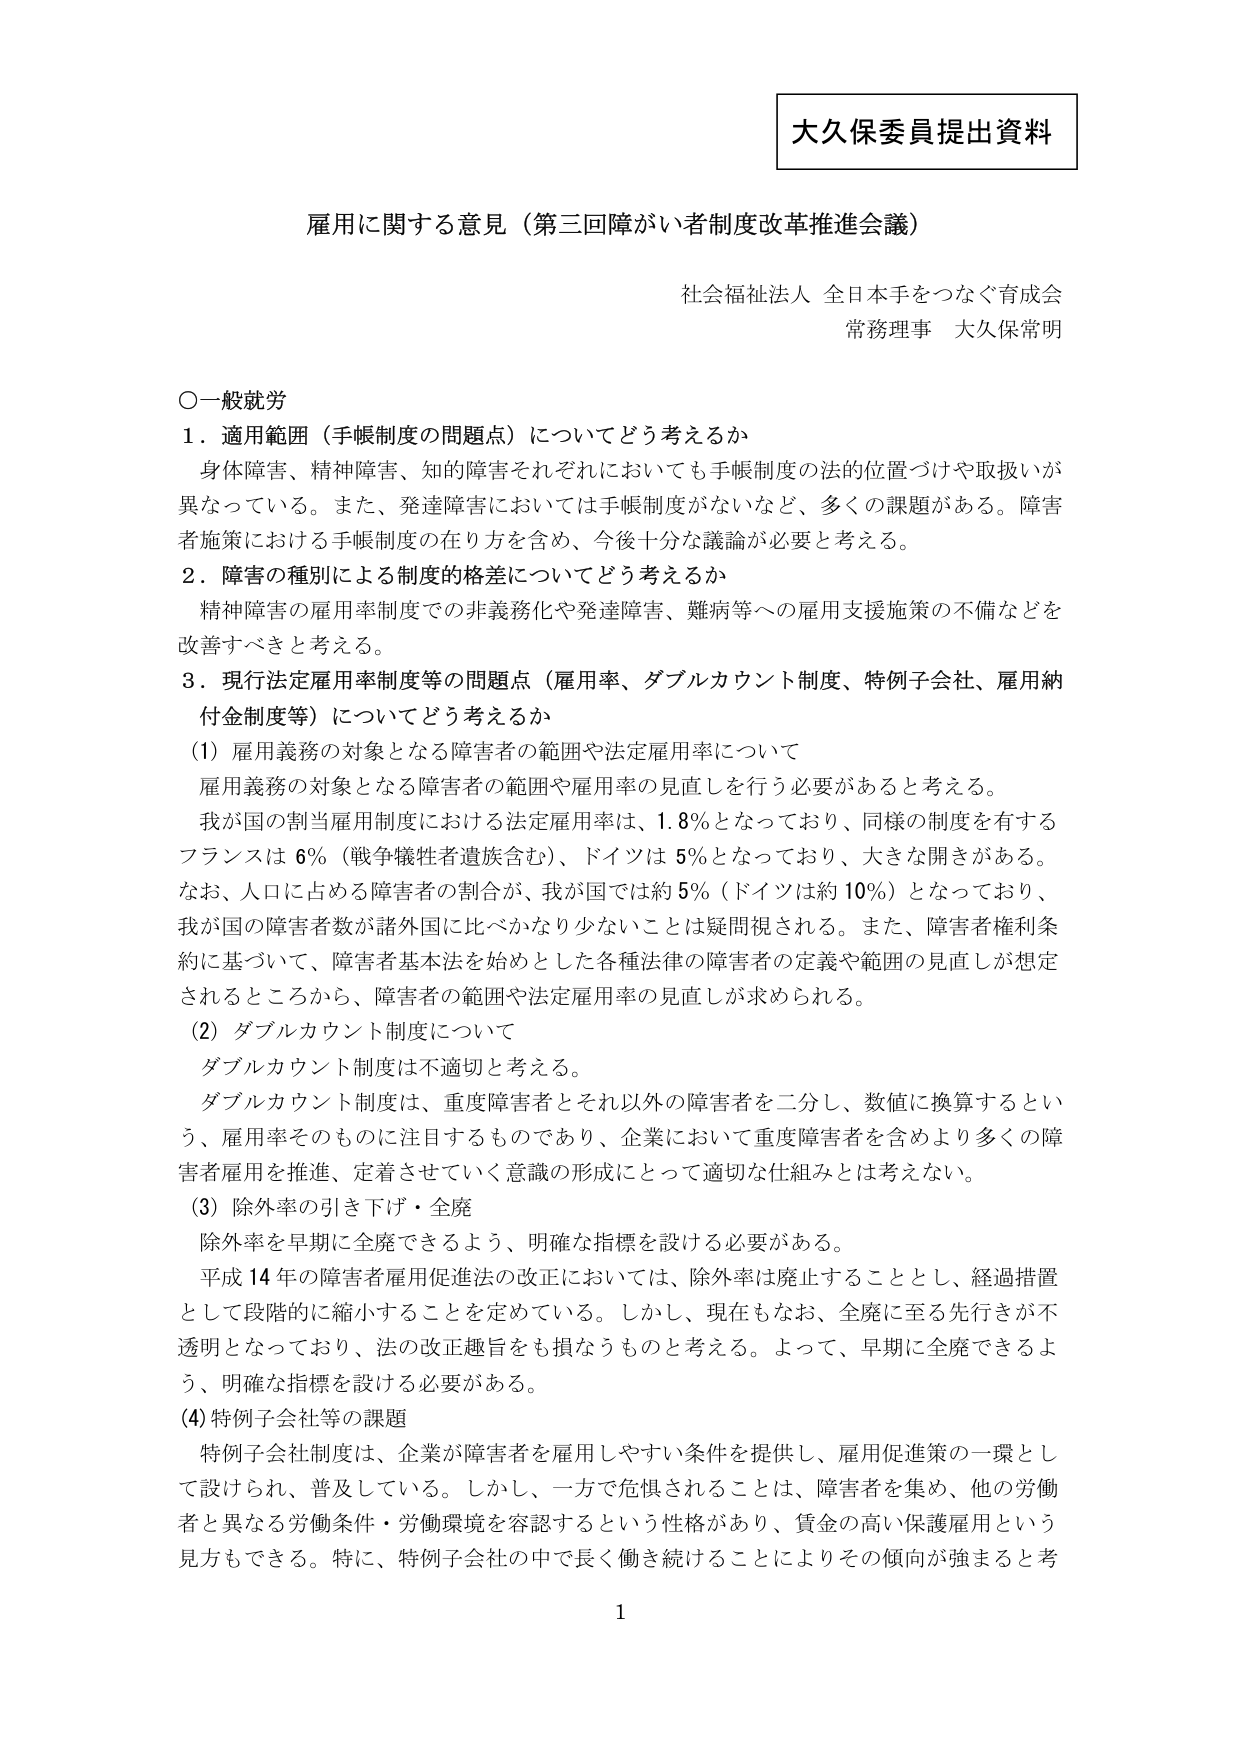
大久保委員提出資料

雇用に関する意見（第三回障がい者制度改革推進会議）

社会福祉法人 全日本手をつなぐ育成会
常務理事 大久保常明

〇一般就労

1．適用範囲（手帳制度の問題点）についてどう考えるか
　身体障害、精神障害、知的障害それぞれにおいても手帳制度の法的位置づけや取扱いが異なっている。また、発達障害においては手帳制度がないなど、多くの課題がある。障害者施策における手帳制度の在り方を含め、今後十分な議論が必要と考える。

2．障害の種別による制度の格差についてどう考えるか
　精神障害の雇用率制度での非義務化や発達障害、難病等への雇用支援施策の不備などを改善すべきと考える。

3．現行法定雇用率制度等の問題点（雇用率、ダブルカウント制度、特例子会社、雇用納付金制度等）についてどう考えるか

（1）雇用義務の対象となる障害者の範囲や法定雇用率について
　雇用義務の対象となる障害者の範囲や雇用率の見直しを行う必要があると考える。
　我が国の割当雇用制度における法定雇用率は、1.8％となっており、同様の制度を有するフランスは6％（戦争犠牲者遺族含む）、ドイツは5％となっており、大きな開きがある。
　なお、人口に占める障害者の割合が、我が国では約5％（ドイツは約10％）となっており、我が国の障害者数が諸外国に比べかなり少ないことは疑問視される。また、障害者権利条約に基づいて、障害者基本法を始めとした各種法律の障害者の定義や範囲の見直しが想定されるところから、障害者の範囲や法定雇用率の見直しが求められる。

（2）ダブルカウント制度について
　ダブルカウント制度は不適切と考える。
　ダブルカウント制度は、重度障害者とそれ以外の障害者を二分し、数値に換算するという、雇用率そのものに注目するものであり、企業において重度障害者を含めより多くの障害者雇用を推進、定着させていく意識の形成にとって適切な仕組みとは考えない。

（3）除外率の引き下げ・全廃
　除外率を早期に全廃できるよう、明確な指標を設ける必要がある。
　平成14年の障害者雇用促進法の改正においては、除外率は廃止することとし、経過措置として段階的に縮小することを定めている。しかし、現在もなお、全廃に至る先行きが不透明となっており、法の改正趣旨をも損なうものと考える。よって、早期に全廃できるよう、明確な指標を設ける必要がある。

（4）特例子会社等の課題
　特例子会社制度は、企業が障害者を雇用しやすい条件を提供し、雇用促進策の一環として設けられ、普及している。しかし、一方で危惧されることとは、障害者を集め、他の労働者と異なる労働条件・労働環境を容認するという性格があり、賃金の高い保護雇用という見方もできる。特に、特例子会社の中で長く働き続けることによりその傾向が強まると考

1